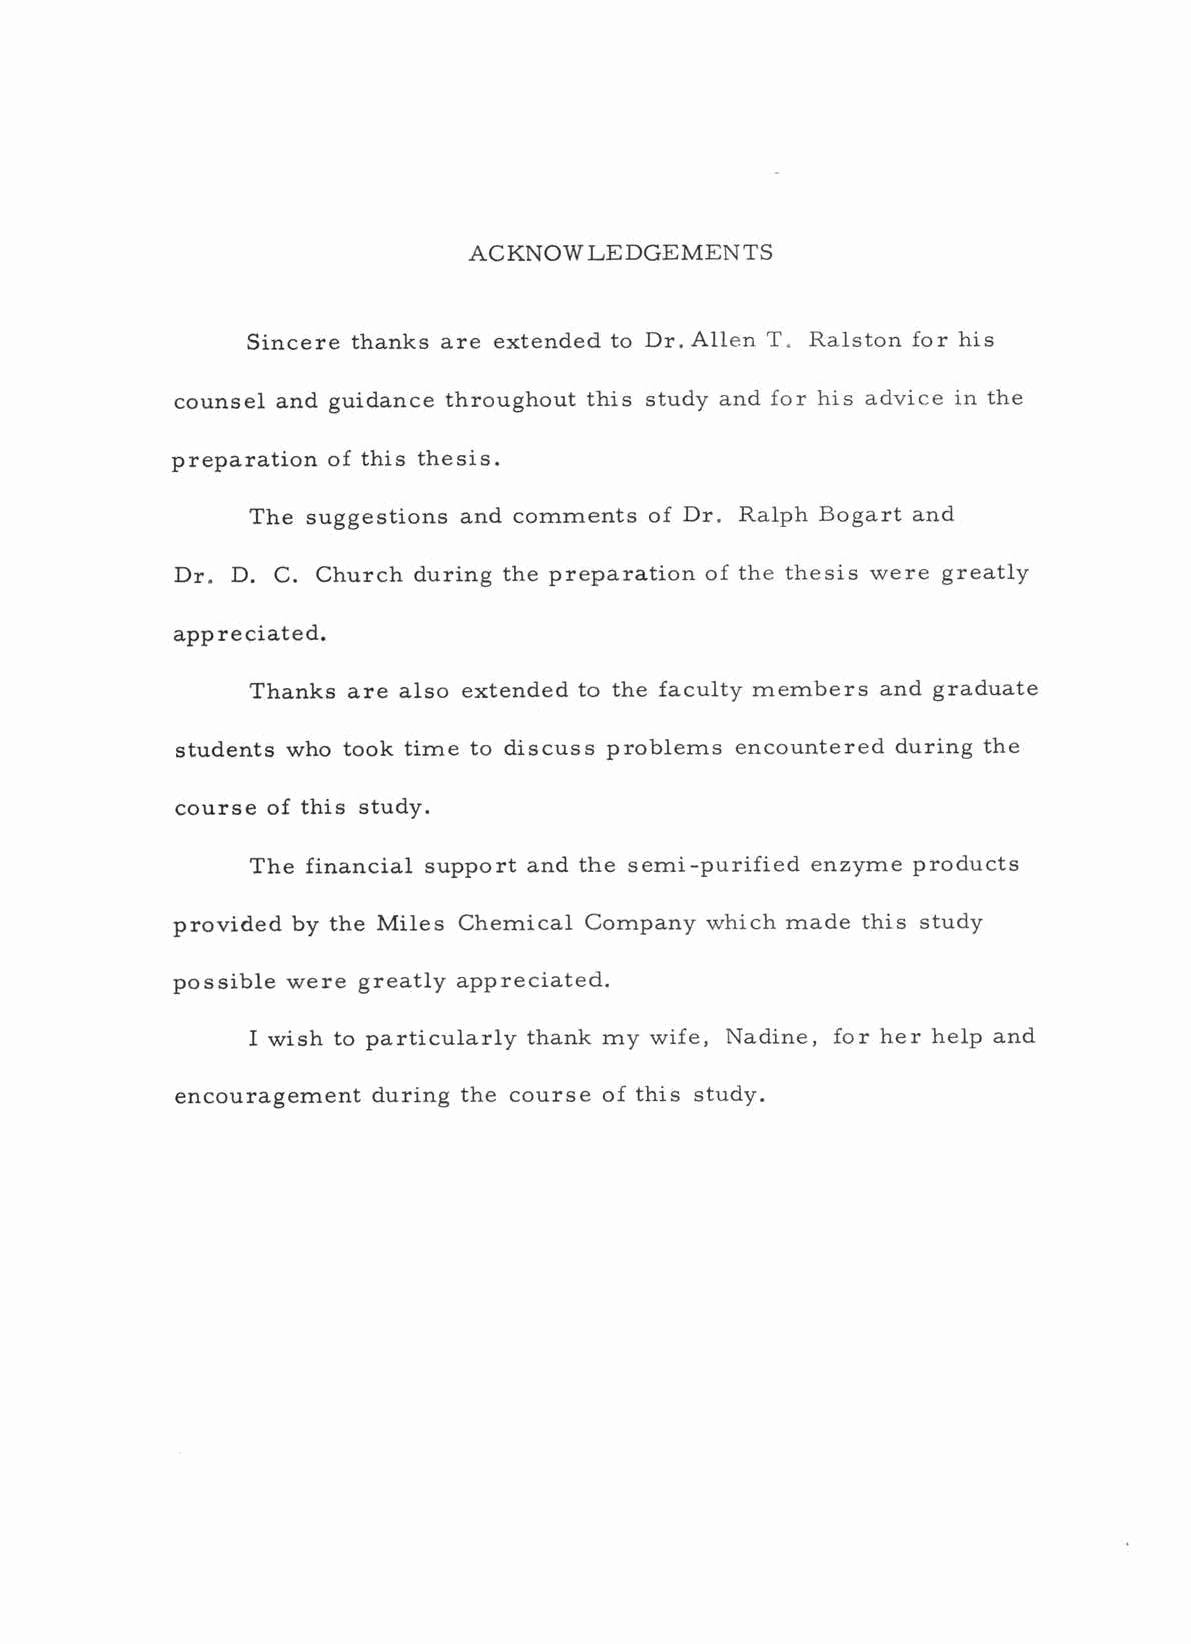
ACKNOWLEDGEMENTS
 Sincere thanks are extended to Dr. Allen T. Ralston for his
 counsel and guidance throughout this study and for his advice in the
 preparation of this thesis.
 The suggestions and comments of Dr. Ralph Bogart and
 Dr. D. C. Church during the preparation of the thesis were greatly
 appreciated.
 Thanks are also extended to the faculty members and graduate
 students who took time to discuss problems encountered during the
 course of this study.
 The financial support and the semi -purified enzyme products
 provided by the Miles Chemical Company which made this study
 possible were greatly appreciated.
 I wish to particularly thank my wife, Nadine, for her help and
 encouragement during the course of this study.